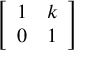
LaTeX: \left[ \begin{array} { l l } { 1 } & { k } \\ { 0 } & { 1 } \end{array} \right]